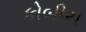
કોબીચ